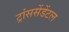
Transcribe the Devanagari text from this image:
ट्रांससेंडेंटल